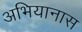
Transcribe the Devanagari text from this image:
अभियानास